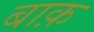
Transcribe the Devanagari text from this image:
बाक़